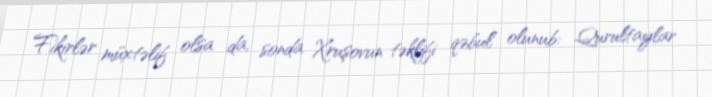
Fikirlər müxtəlif olsa da, sonda Xruşovun təklifi qəbul olunub: Qurultaylar